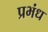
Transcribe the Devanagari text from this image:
प्रभंध